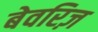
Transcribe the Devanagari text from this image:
बेवरिज़